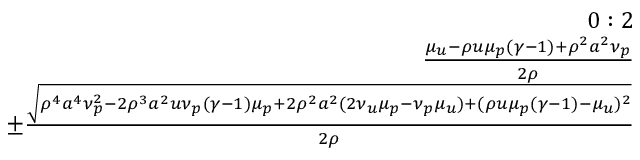
\begin{array} { r } { 0 : 2 } \\ { \frac { \mu _ { u } - \rho u \mu _ { p } ( \gamma - 1 ) + \rho ^ { 2 } a ^ { 2 } \nu _ { p } } { 2 \rho } } \\ { \pm \frac { \sqrt { \rho ^ { 4 } a ^ { 4 } \nu _ { p } ^ { 2 } - 2 \rho ^ { 3 } a ^ { 2 } u \nu _ { p } ( \gamma - 1 ) \mu _ { p } + 2 \rho ^ { 2 } a ^ { 2 } ( 2 \nu _ { u } \mu _ { p } - \nu _ { p } \mu _ { u } ) + ( \rho u \mu _ { p } ( \gamma - 1 ) - \mu _ { u } ) ^ { 2 } } } { 2 \rho } } \end{array}